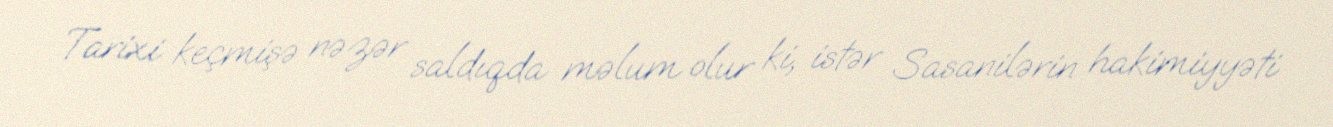
Tarixi keçmişə nəzər saldıqda məlum olur ki, istər Sasanilərin hakimiyyəti